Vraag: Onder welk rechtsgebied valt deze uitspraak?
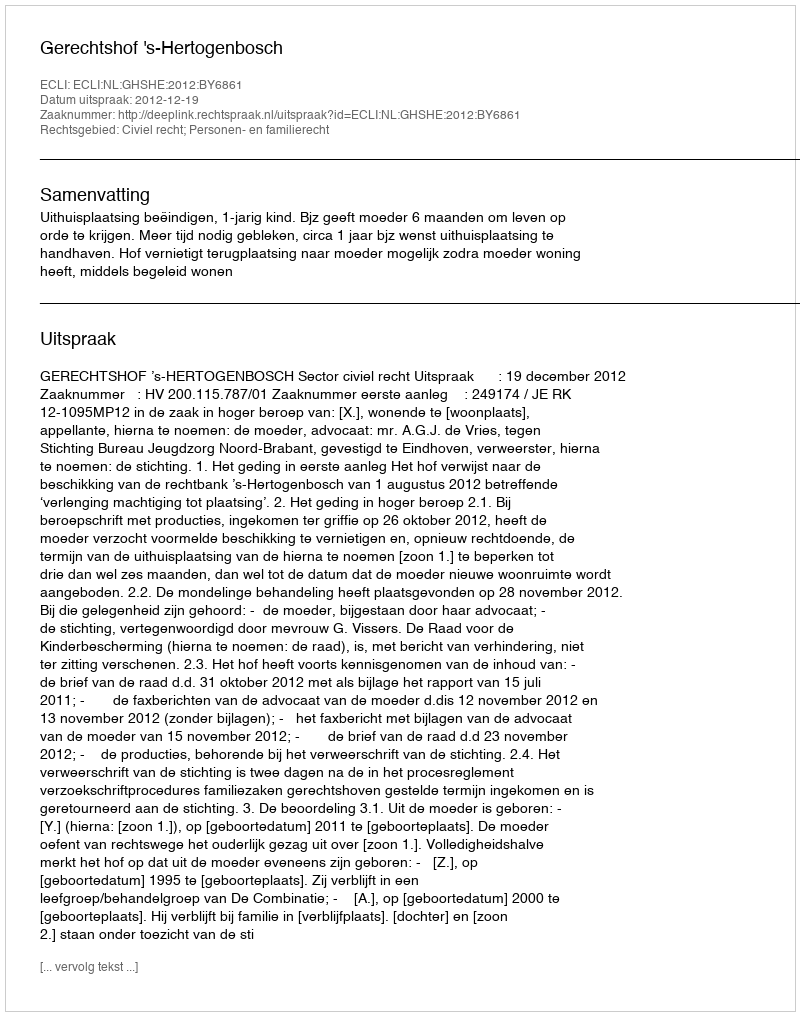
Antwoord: Civiel recht; Personen- en familierecht